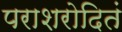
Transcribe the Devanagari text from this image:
पराशरोदितं